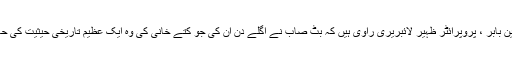
ظہیر الدین بابر ، پروپرائٹر ظہیر لائبریری راوی ہیں کہ بٹ صاب نے اگلے دن ان کی جو کُتّے خانی کی وہ ایک عظیم تاریخی حیثیت کی حامل تھی۔